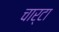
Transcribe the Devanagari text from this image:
चार्टा